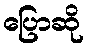
ပြောဆို